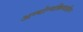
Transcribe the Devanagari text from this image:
अन्योन्यक्रियाहीन